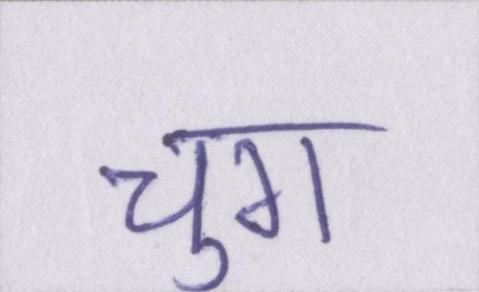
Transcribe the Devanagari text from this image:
चुग